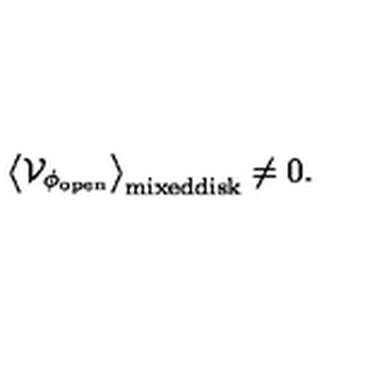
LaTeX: \big \langle { \cal V } _ { \phi _ { \mathrm { o p e n } } } \big \rangle _ { \mathrm { m i x e d d i s k } } \not = 0 .